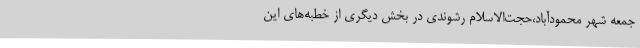
جمعه شهر محمودآباد،حجت‌الاسلام رشوندی در بخش دیگری از خطبه‌های این